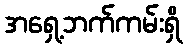
အရှေ့ဘက်ကမ်းရှိ